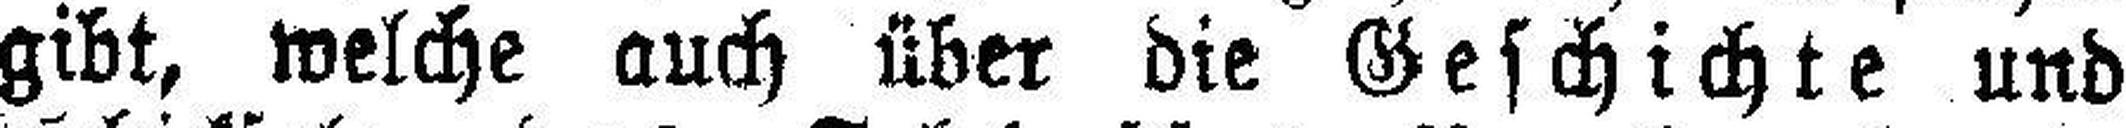
gibt, welche auch über die Geschichte und